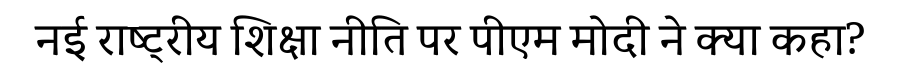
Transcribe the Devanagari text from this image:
नई राष्ट्रीय शिक्षा नीति पर पीएम मोदी ने क्या कहा?